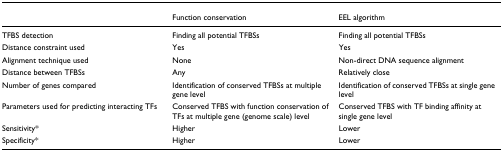
<table><thead><tr><td></td><td><b>Function conservation</b></td><td><b>EEL algorithm</b></td></tr></thead><tbody><tr><td>TFBS detection</td><td>Finding all potential TFBSs</td><td>Finding all potential TFBSs</td></tr><tr><td>Distance constraint used</td><td>Yes</td><td>Yes</td></tr><tr><td>Alignment technique used</td><td>None</td><td>Non-direct DNA sequence alignment</td></tr><tr><td>Distance between TFBSs</td><td>Any</td><td>Relatively close</td></tr><tr><td>Number of genes compared</td><td>Identification of conserved TFBSs at multiple gene level</td><td>Identification of conserved TFBSs at single gene level</td></tr><tr><td>Parameters used for predicting interacting TFs</td><td>Conserved TFBS with function conservation of TFs at multiple gene (genome scale) level</td><td>Conserved TFBS with TF binding affinity at single gene level</td></tr><tr><td>Sensitivity*</td><td>Higher</td><td>Lower</td></tr><tr><td>Specificity*</td><td>Higher</td><td>Lower</td></tr></tbody></table>